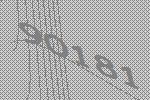
90181